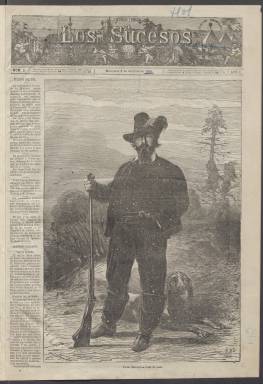
Título: Los Sucesos (Madrid. 1866)
Colección: Periódicos
Ámbito geográfico: Madrid
Lugar de publicación: Madrid
Fechas: 03/10/1866-31/12/1868